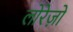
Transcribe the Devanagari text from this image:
लोरेज़ो